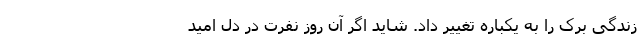
زندگی برک را به یکباره تغییر داد. شاید اگر آن روز نفرت در دل امید